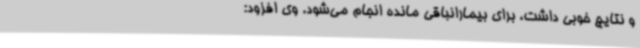
و نتایج خوبی داشت، برای بیمارانباقی مانده انجام می‌شود. وی افزود: